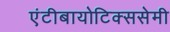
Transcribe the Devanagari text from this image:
एंटीबायोटिक्ससेमी